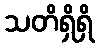
သတိရှိရှိ